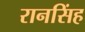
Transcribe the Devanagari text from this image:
रानसिंह